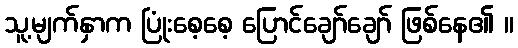
သူ့မျက်နှာက ပြုံးစေ့စေ့ ပြောင်ချော်ချော် ဖြစ်နေ၏ ။